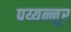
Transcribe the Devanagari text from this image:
पय्यन्नूर